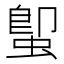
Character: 𮔕